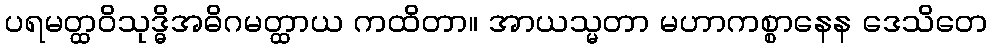
ပရမတ္ထဝိသုဒ္ဓိအဓိဂမတ္ထာယ ကထိတာ။ အာယသ္မတာ မဟာကစ္စာနေန ဒေသိတေ